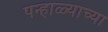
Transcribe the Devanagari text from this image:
पन्हाळ्याच्या